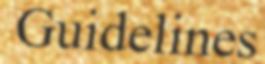
Guidelines